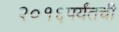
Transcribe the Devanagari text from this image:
२०१६पर्यंतची